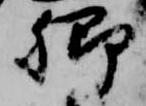
卿